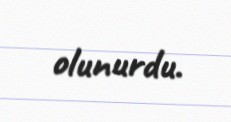
olunurdu.